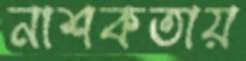
নাশকতায়